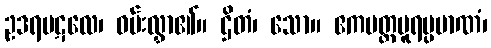
ဥဒရပဋလေ၊ ဝမ်းလွှာ၏။ ဌိတံ၊ သော။ ဧကပတ္ထပူရပ္ပမာဏံ၊